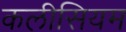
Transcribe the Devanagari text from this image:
कलीसियम